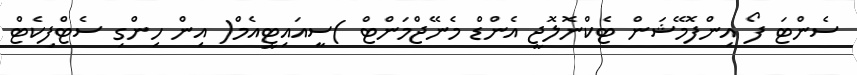
ސެންޓަ ފޯ އިންފޮމޭޝަން ޓެކްނޮލޮޖީ އެންޑް މެނޭޖްމަންޓް )ސީއައިޓީއެމް( އިން ހިންގި ސެޓްފިކެޓް